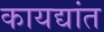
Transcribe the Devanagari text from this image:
कायद्यांत